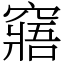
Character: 窹